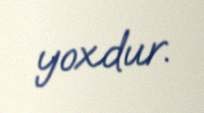
yoxdur.